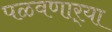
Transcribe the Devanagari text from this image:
पळवणार्‍या